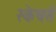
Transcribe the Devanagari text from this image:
स्केचर्स